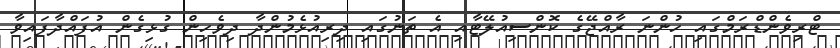
ޓްރިވެންޑްރަމްގައި ހުންނަ ރާއްޖޭގެ ކޮންސިއުލޭޓާއި އެ ތަނުގައި ދިރިއުޅެމުންދާ ދިވެހިން ގުޅިގެން އުފައްދާފައިވާ